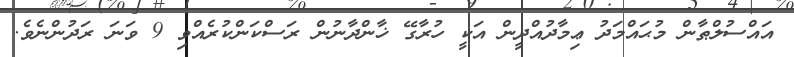
އައްސުލްޠާން މުޙައްމަދު ޢިމާދުއްދީން އަކީ ހުރާގޭ ޚާންދާނުން ރަސްކަންކުރެއްވި 9 ވަނަ ރަދުންނެވެ.